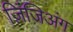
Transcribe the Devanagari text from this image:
ज़िंजिअंग